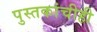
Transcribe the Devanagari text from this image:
पुस्तकांचीही